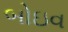
બોઇવ